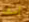
آسف